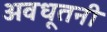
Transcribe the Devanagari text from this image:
अवधूतनी